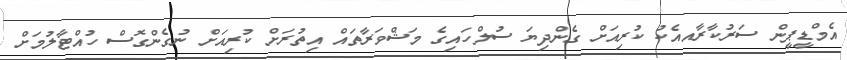
އެމްޑީޕީން ސަރުކާރާއއެކު ކުރިއަށް ގެންދިޔަ ސުލްހައިގެ މަޝްވަރާތައް އިތުރަށް ކުރިއަށް ނުގެންގޮސް ހުއްޓާލުމަށް